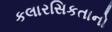
કલારસિકતાનો